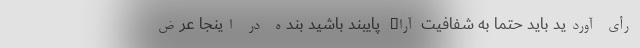
رأی آوردید باید حتما به شفافیت آراء پایبند باشید بنده در اینجا عرض